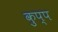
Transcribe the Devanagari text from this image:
कुप्प